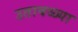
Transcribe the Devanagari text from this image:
उतावळ्या